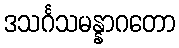
ဒသင်္ဂသမန္နာဂတော